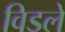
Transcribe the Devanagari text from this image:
विडले